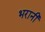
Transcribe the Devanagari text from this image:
भरानी